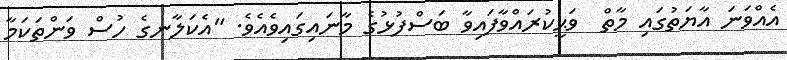
އެއްވަނަ އާޔަތުގައި މާތް  ވަޙީކުރައްވާފައިވާ ބަސްފުޅުގެ މާނައިގައިވެއެވެ. "އެކަލާނގެ ހުސް ވަންތަކަމާ